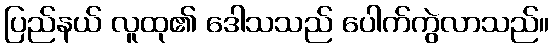
ပြည်နယ် လူထု၏ ဒေါသသည် ပေါက်ကွဲလာသည်။